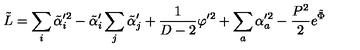
\tilde { L } = \sum _ { i } \tilde { \alpha } _ { i } ^ { \prime 2 } - \tilde { \alpha } _ { i } ^ { \prime } \sum _ { j } \tilde { \alpha } _ { j } ^ { \prime } + { \frac { 1 } { D - 2 } } \varphi ^ { \prime 2 } + \sum _ { a } \alpha _ { a } ^ { \prime 2 } - { \frac { P ^ { 2 } } { 2 } } e ^ { \tilde { \Phi } }